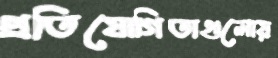
প্রতিযোগিতাগুলোয়